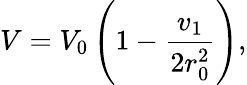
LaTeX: V=V_{0}\left(1-{\frac{v_{1}}{2r_{0}^{2}}}\right),